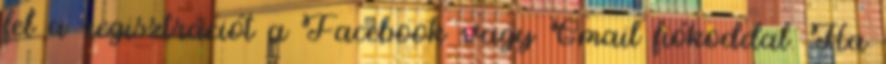
fel a regisztrációt a Facebook vagy Gmail fiókoddal. Ha